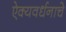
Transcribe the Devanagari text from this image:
ऐक्यवर्धनाचे